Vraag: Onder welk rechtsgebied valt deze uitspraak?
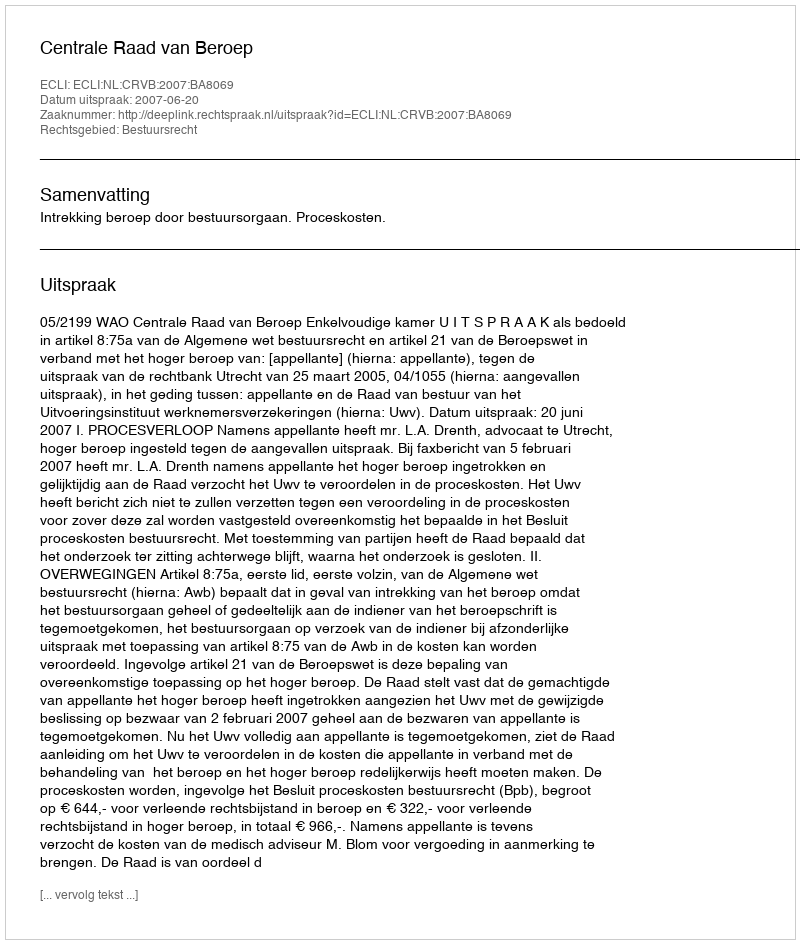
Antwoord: Bestuursrecht